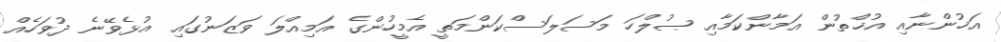
އަޚުންނާއި އުޚްތުން އަމާންކަމާއި ޞުލްހަ މަސަލަސްކަންމަތީ އެމީހުންގެ އަމިއްލަ ވަޒަނުގައި އުޅެވޭނެ ދުވަހެއް